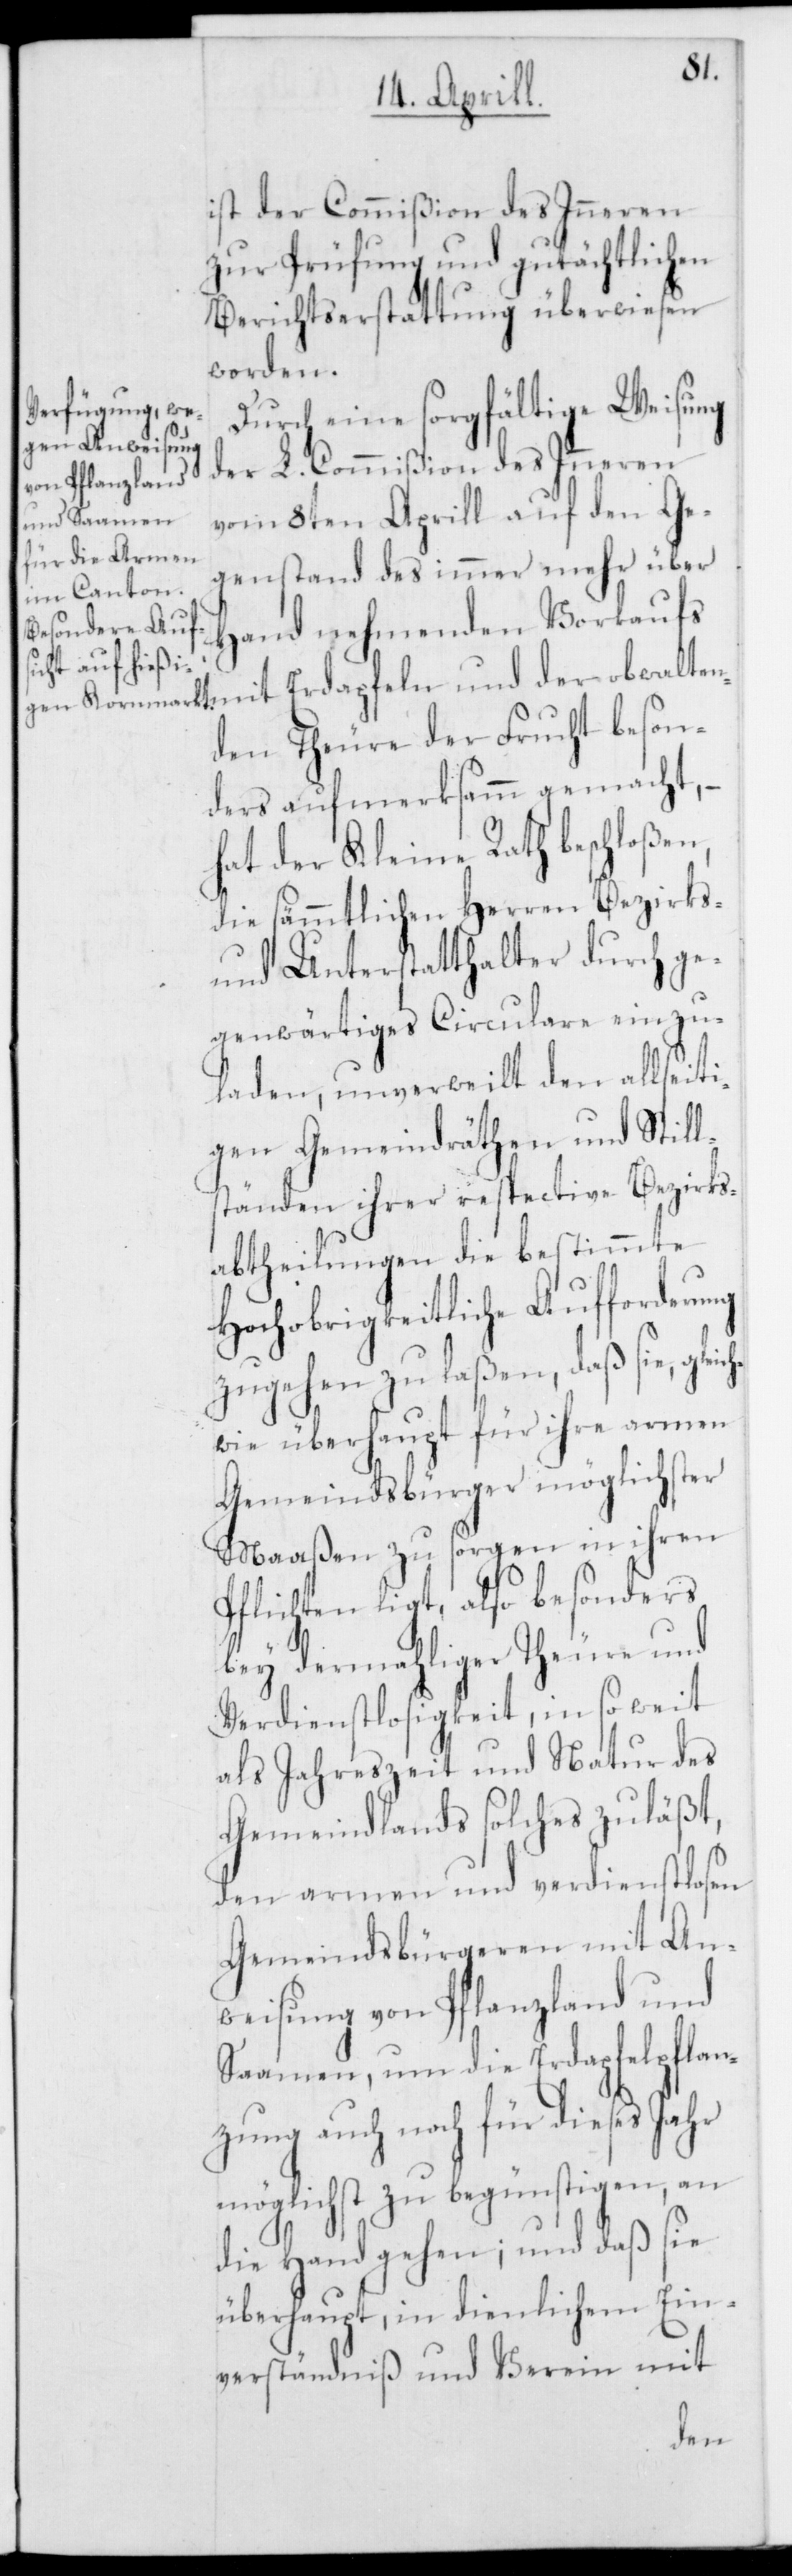
ch¬
ist der Commißion des Inneren
zur Prüfung und gutächtlichen
Berichtserstattung überwiesen
worden.
und der obwalten¬
der L. Commißion des Inneren
vom 8ten Aprill auf den Ge¬
genstand des immer mehr über
Hand nehmenden Vorkaufs
den Theure der Frucht beson¬
ders aufmerksamm gemacht, –
hat der Kleine Rath beschloßen,
die sämmtlichen Herren Bezirks-
und Unterstatthalter durch ge¬
genwärtiges Circulare einzu¬
laden, unverweilt den allseiti¬
gen Gemeindräthen und Still¬
ständen ihrer respective Bezirks¬
abtheilungen die bestimmte
Hochobrigkeitliche Aufforderung
zugehen zu laßen, daß sie, glei¬
wie überhaupt für ihre armen
Gemeindsbürger möglichster
Maaßen zu sorgen in ihren
Pflichten ligt, also besonders
bey dermahliger Theure und
Verdienstlosigkeit, in so weit
als Jahreszeit und Natur des
Gemeindlands solches zuläßt,
den armen und verdienstlosen
Gemeindsbürgeren mit An¬
weisung von Pflanzland und
Saamen, um die Erdapfelpflan¬
zung auch noch für dieses Jahr
möglichst zu begünstigen, an
die Hand gehe; und daß sie
überhaupt, in dienlichem Ein¬
verständniß und Verein mit